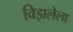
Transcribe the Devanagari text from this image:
विझलेला